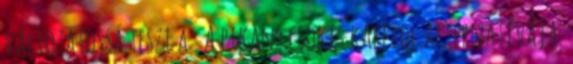
változatossá teszi a . A pikáns csokis karfiol alternatívája.